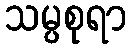
သမ္ပစုရာ